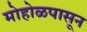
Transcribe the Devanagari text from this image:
मोहोळपासून